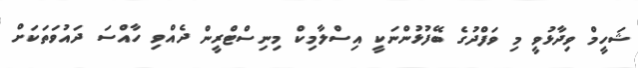
ޝަހީމް ވިދާޅުވީ މި ވަފްދުގެ ބޭފުޅުންނަކީ އިސްލާމިކް މިނިސްޓްރީން ދެއްވި ހާއްސަ ދައުވަތަކަށް